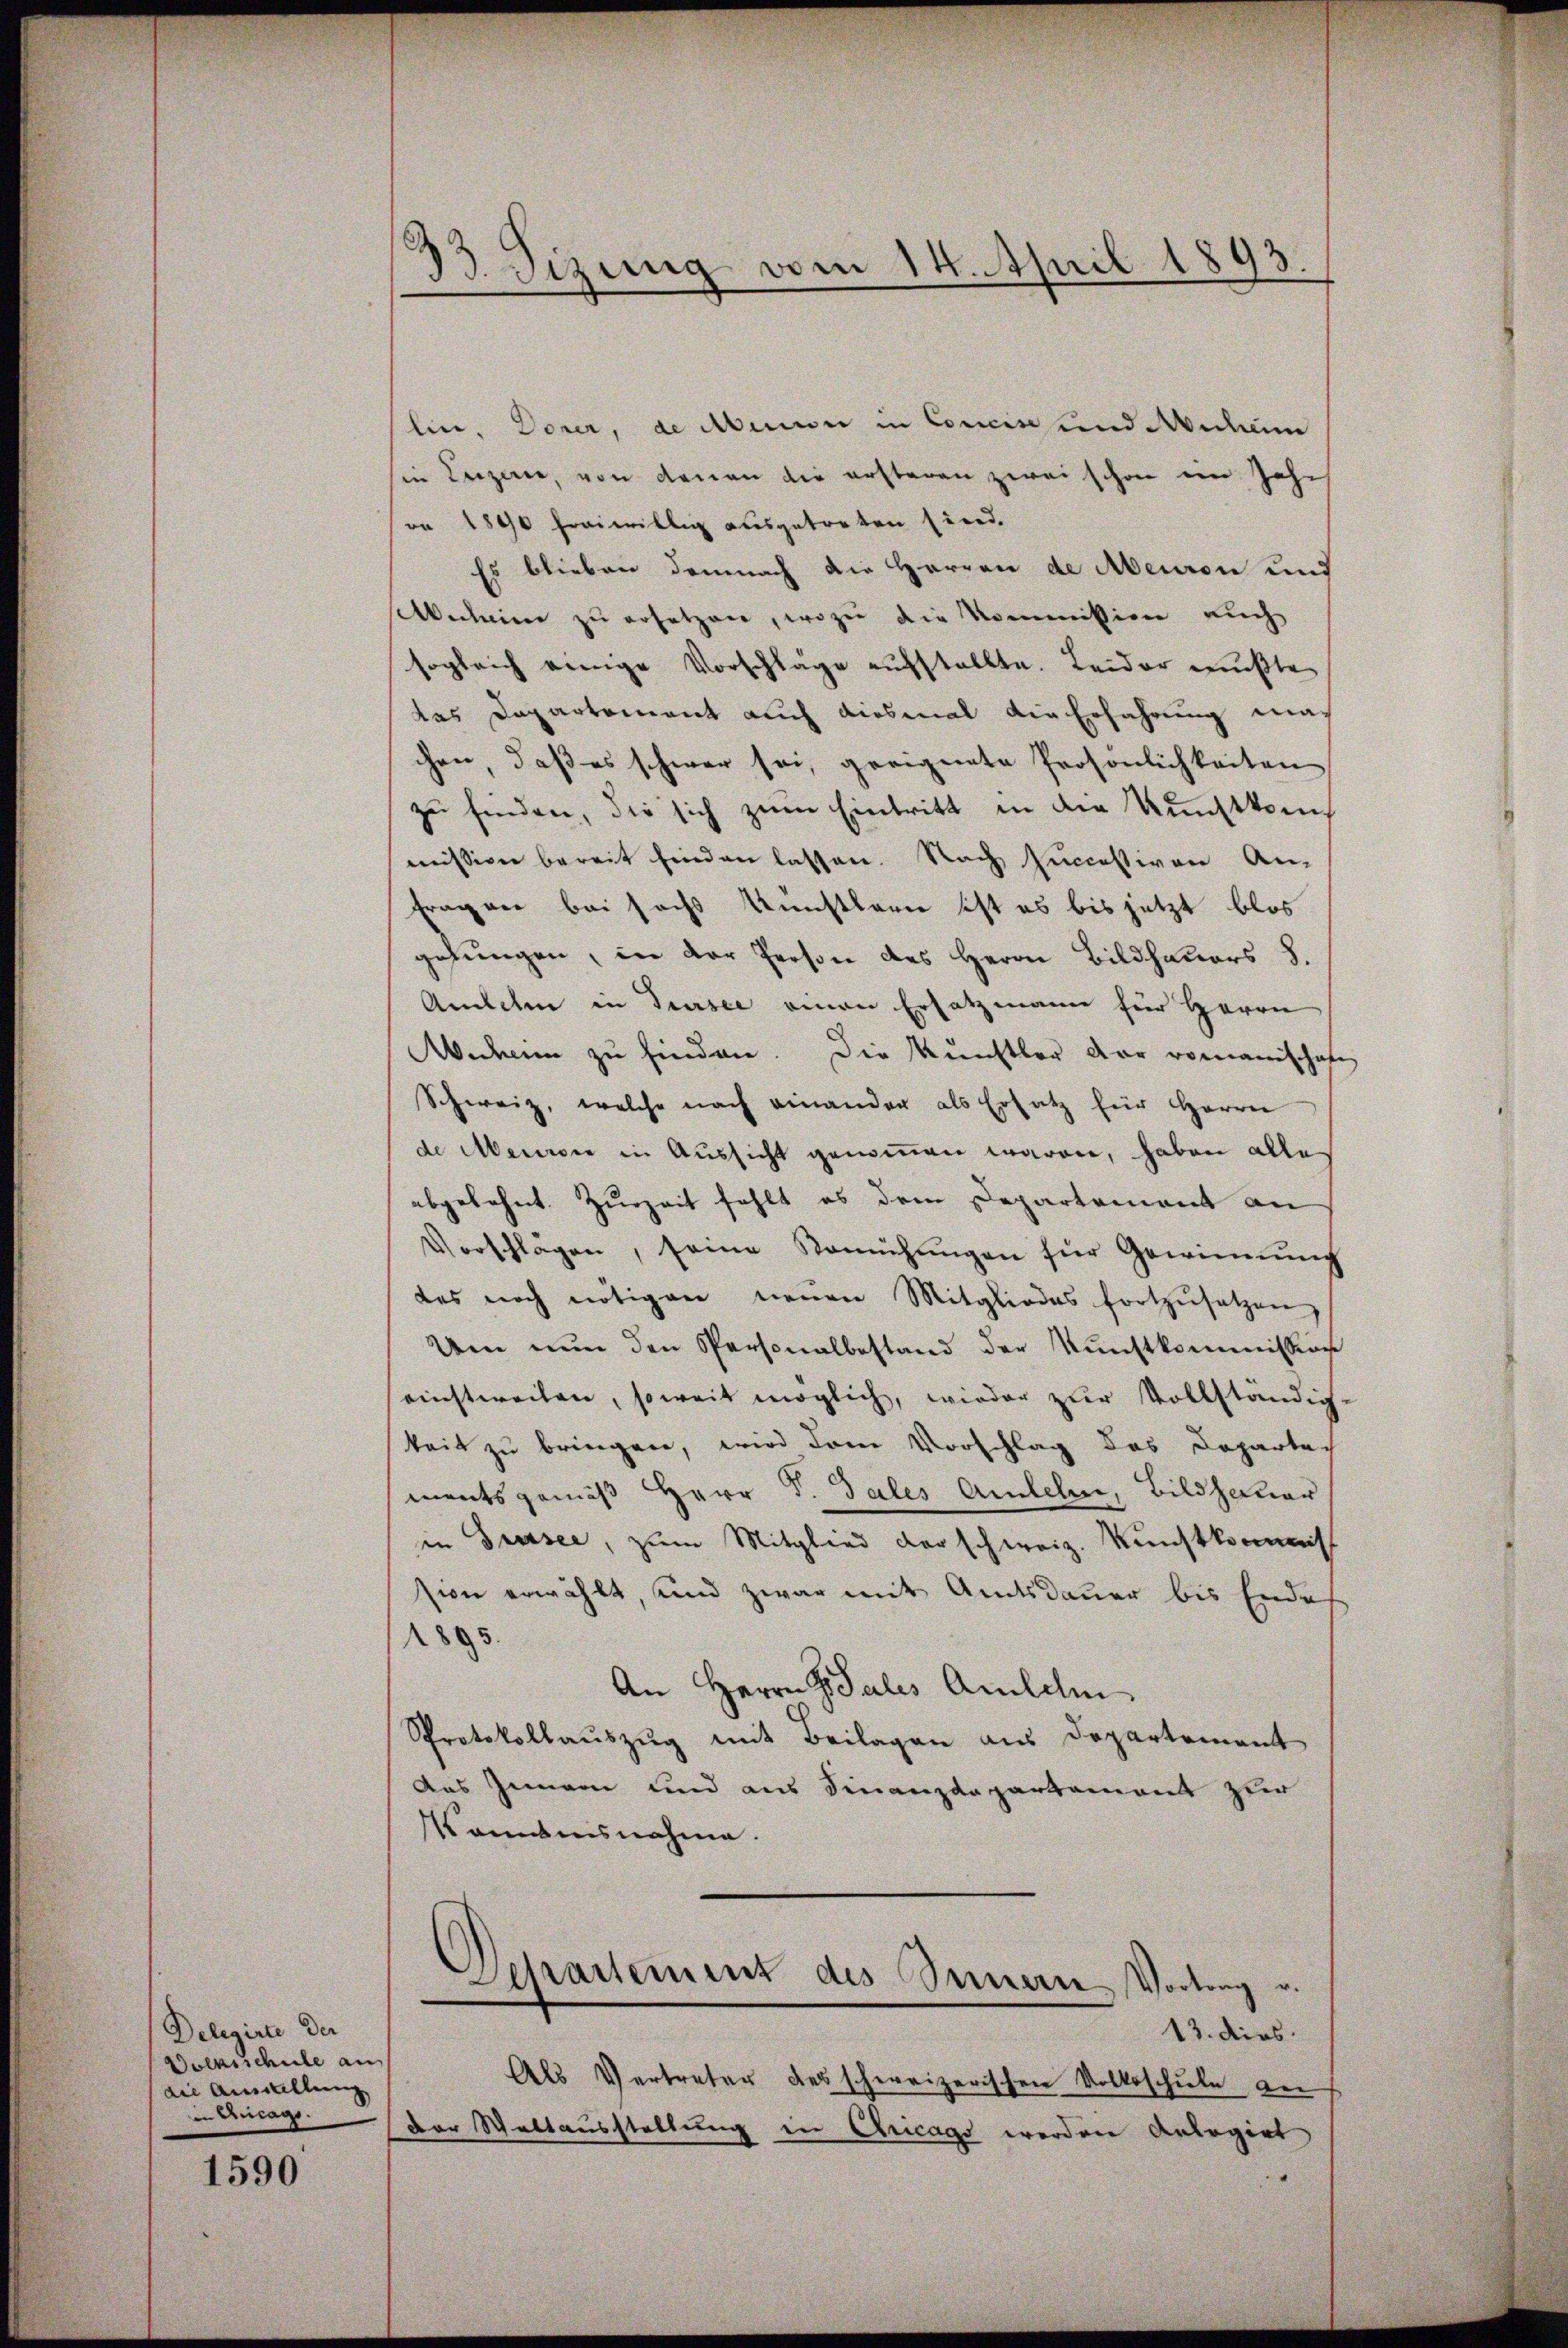
Delegirte der
Dolksschule an
die Anwallung
in Anlage.

1590

33 Sizung vom 14. April 1893.

lin, Dorer, de Aerii in Concise und Muheim
in Luzern, von denen die ersteren zwei schon ein Jahr
ro 1890 freiwillig ausgetreten sind.
Es blieben demnach die Herren de Meuron und
Abscheine zu ersetzen, wozu die Kommission auch
sogleich einige Vorschlage aufstellte. Leider mußte
das Departement auch diesmal die Erfahrung machen, daß es schwer sei, geeignete Persönlichkeiten
zu finden, die sich zum Eintritt in der Kunstkomis
mission bereit finden lassen. Nach successiven An-
Fragen bei sechs Kunstlerer ist es bis jetzt blos
gehungen, in der Person des Herrn Bildhauers S.
Anlehen in Tursee einen Ersatzmann für Herrn
Anhann zu finden. Die Kunstler der romanischet
Schweiz, welche nach einander als Ersatz für Herrn
de Meiner in Aussicht genommen waren, haben alle
abgelehnt. Zurzeit fehlt es dem Departement an
Vorschlägen, seine Komühŭngen für Gewinnŭng
des noch nötigen neŭen Mitgliedes fortzŭsetzen,
Um nŭn den Personalbestand der Kunstkommission
einstweilen, soweit möglich, wieder zur Vollständig
keit zu bringen, wird dem Vorschlag des Departements gemäß Herr P. Tales Anlehen, Bildhauer
in Pressee, zum Mitglied der schweiz. Kunstkommis
sion erwählt, und zwar mit Amtsdauer bis Ende
1895.
An Herrn J. Salis Amilde
Protokollauszug mit Beilagen aus Departement
Aus Innern und aus Finanzdepartement zur
kanntnisnahme.
Derartement des Innern Vortrag u.
13. dies
Als Vertreter des schweizerischen Volksschule an
der Waltausstellung in Ancags werden Anlegirt